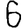
Digit: 6